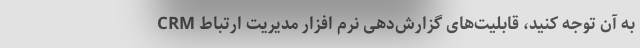
CRM به آن توجه کنید، قابلیت‌های گزارش‌دهی نرم افزار مدیریت ارتباط